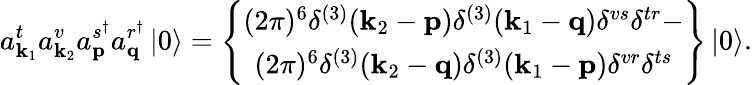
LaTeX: a_{\mathbf{k}_{1}}^{t}a_{\mathbf{k}_{2}}^{v}a_{\mathbf{p}}^{s^{\dagger}}a_{\mathbf{q}}^{r^{\dagger}}\left\vert 0\right\rangle=\left\{ \begin{array}{c}{(2\pi)^{6}\delta^{(3)}(\mathbf{k}_{2}-\mathbf{p})\delta^{(3)}(\mathbf{k}_{1}-\mathbf{q})\delta^{vs}\delta^{tr}-}\\ {(2\pi)^{6}\delta^{(3)}(\mathbf{k}_{2}-\mathbf{q})\delta^{(3)}(\mathbf{k}_{1}-\mathbf{p})\delta^{vr}\delta^{ts}}\end{array}\right\} \left\vert 0\right\rangle.